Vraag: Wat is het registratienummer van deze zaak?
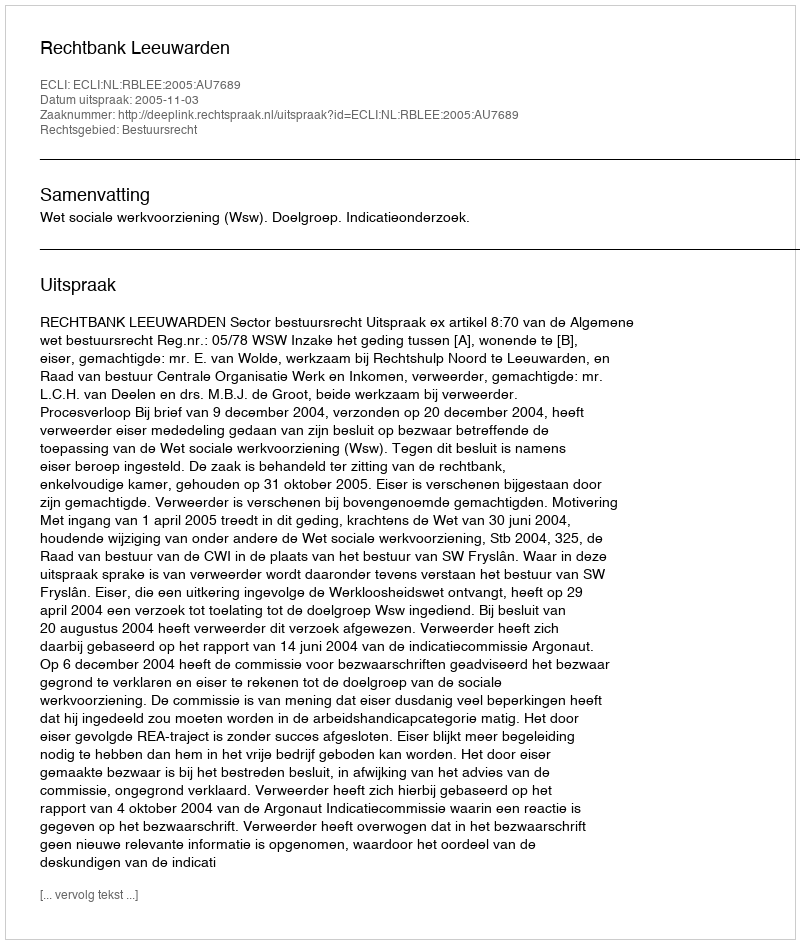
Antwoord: http://deeplink.rechtspraak.nl/uitspraak?id=ECLI:NL:RBLEE:2005:AU7689